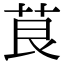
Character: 茛